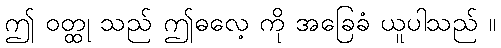
ဤ ဝတ္ထု သည် ဤဓလေ့ ကို အခြေခံ ယူပါသည် ။